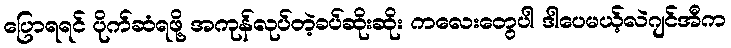
ပြောရရင် ပိုက်ဆံရဖို့ အကုန်လုပ်တဲ့ခပ်ဆိုးဆိုး ကလေးတွေပါ ဒါပေမယ့်လဲဂျင်အီက